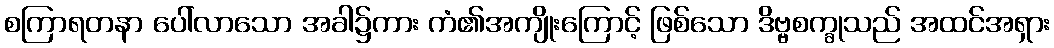
စကြာရတနာ ပေါ်လာသော အခါ၌ကား ကံ၏အကျိုးကြောင့် ဖြစ်သော ဒိဗ္ဗစက္ခုသည် အထင်အရှား